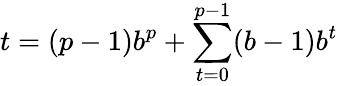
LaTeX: t=(p-1)b^{p}+\sum_{t=0}^{p-1}(b-1)b^{t}